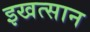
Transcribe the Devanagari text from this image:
इखत्सान